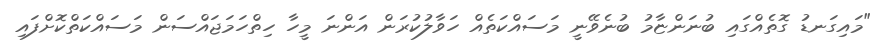
"މައިގަނޑު ގޮތެއްގައި ބުނަންޏާމު ބުނެވޭނީ މަސައްކަތެއް ހަވާލުކުރަން އަންނަ މީހާ ހިތްހަމަޖައްސަން މަސައްކަތްކޮށްފައި